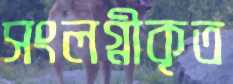
সংলগ্নীকৃত